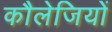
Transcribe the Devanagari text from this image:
कौलेजियों